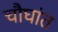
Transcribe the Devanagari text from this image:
चौघांत